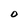
Character: O